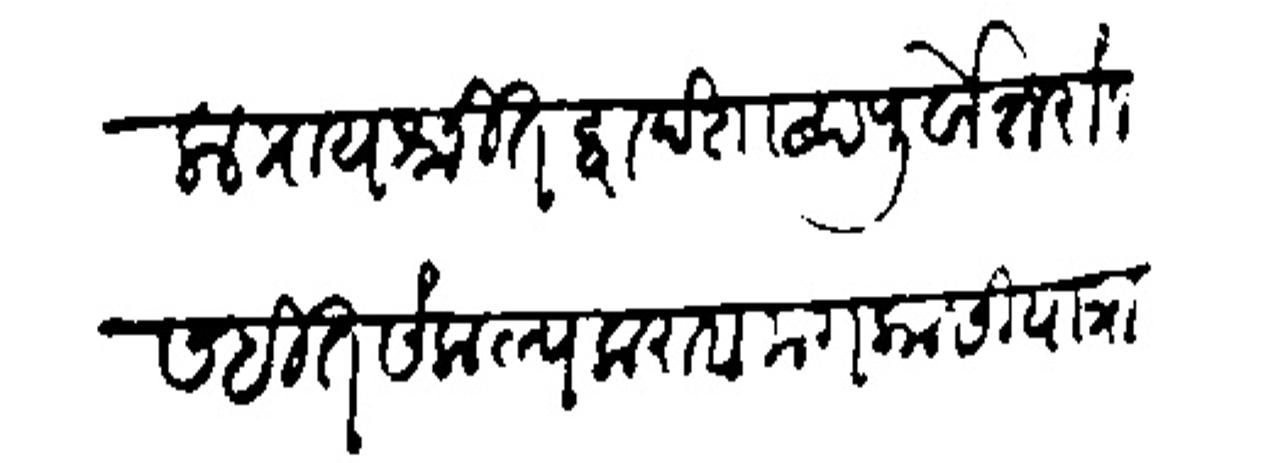
Transliteration (Devanagari): तिजला प्रायश्चित्त द्वादशाम्दपूर्वोत्तरांन सहित संकल्प करावा मग कासीयात्रा